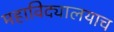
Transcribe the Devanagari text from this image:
महाविद्यालयाच